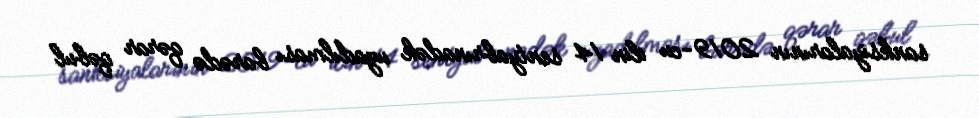
sanksiyalarının 2019-cu ilin 14 sentyabrınadək uzadılması barədə qərar qəbul